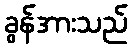
ခွန်အားသည်